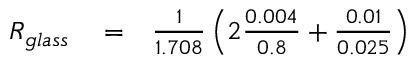
\begin{array} { r l r } { R _ { g l a s s } } & { { } = } & { \frac { 1 } { 1 . 7 0 8 } \left( 2 \frac { 0 . 0 0 4 } { 0 . 8 } + \frac { 0 . 0 1 } { 0 . 0 2 5 } \right) } \end{array}